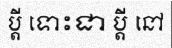
ប្តី ទោះជា ប្តី នៅ